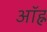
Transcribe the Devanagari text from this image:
ऑह्न